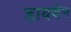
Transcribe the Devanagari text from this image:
डायथेन